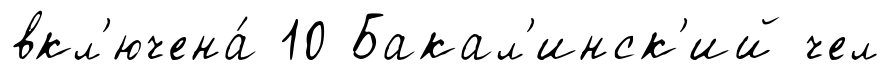
вкл'ючена́ 10 Бакал'инск'ий чел